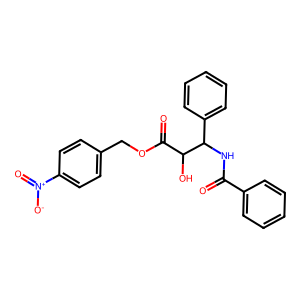
SMILES: O=C(NC(c1ccccc1)C(O)C(=O)OCc1ccc([N+](=O)[O-])cc1)c1ccccc1
Inhibits HIV replication: No